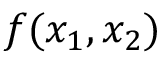
f ( x _ { 1 } , x _ { 2 } )